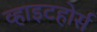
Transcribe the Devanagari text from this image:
व्हाइटहोर्स